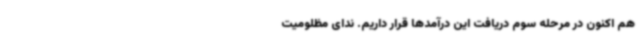
هم اکنون در مرحله سوم دریافت این درآمدها قرار داریم. ندای مظلومیت